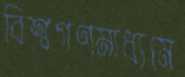
বিশ্বগণমাধ্যমে